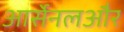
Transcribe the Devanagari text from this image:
आर्सेनलऔर